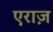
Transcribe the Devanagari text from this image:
एराज़